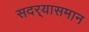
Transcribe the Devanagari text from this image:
सदर्‍यासमान